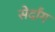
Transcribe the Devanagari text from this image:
सेर्दांग